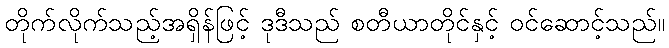
တိုက်လိုက်သည့်အရှိန်ဖြင့် ဒုဒီသည် စတီယာတိုင်နှင့် ဝင်ဆောင့်သည်။